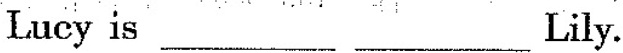
Lucy is___ ___Lily.